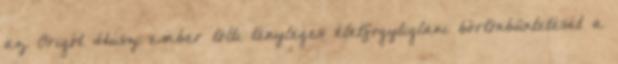
az Origót Húsz ember tölti tényleges életfogytiglani börtönbüntetését a